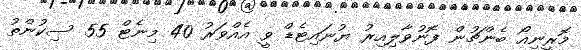
މޮރީނިއޯ ބެންޗުން ފޮނުވާލިއިރު ޔުނައިޓެޑް ވީ އެއްވަރު 40 މިނެޓް 55 ސިކުންތު